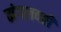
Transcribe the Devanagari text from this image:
मंगलवती